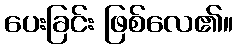
ပေးခြင်း ဖြစ်လေ၏။